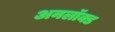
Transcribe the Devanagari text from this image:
अनलॉक्ड